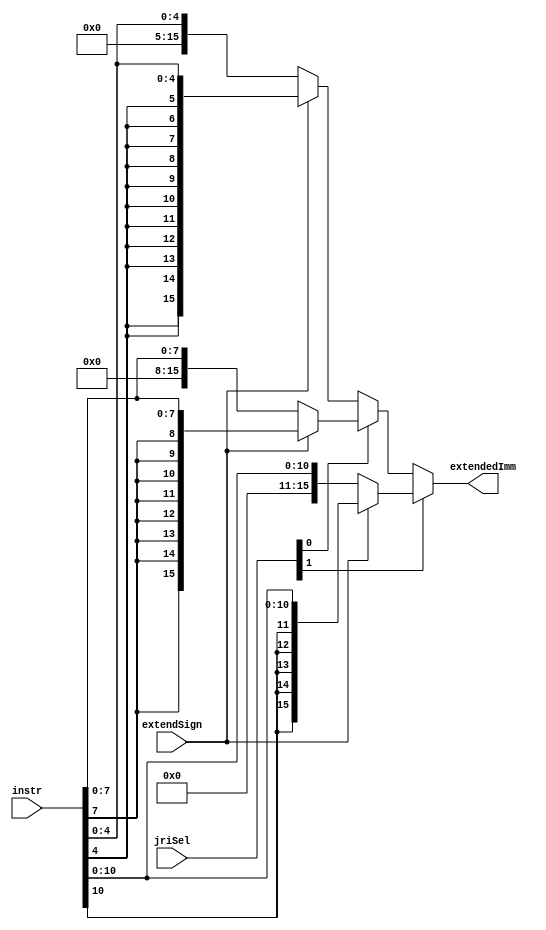
module extendImm(instr, jriSel, extendSign, extendedImm);

input [15:0] instr;
input [1:0] jriSel;
input extendSign;
output [15:0] extendedImm;
wire [15:0] ten,seven,four,fourSeven;

assign ten = extendSign ? {{5{instr[10]}}, instr[10:0]} : {5'b00000, instr[10:0]};
assign seven = extendSign ? {{8{instr[7]}}, instr[7:0]} : {8'h00, instr[7:0]};
assign four = extendSign ? {{11{instr[4]}}, instr[4:0]} : {11'b00000000, instr[4:0]};

//choose an immediate 
assign fourSeven = jriSel[0] ? seven : four; //choose between [4:0] and [7:0]
assign extendedImm = jriSel[1] ? ten : fourSeven; 

endmodule